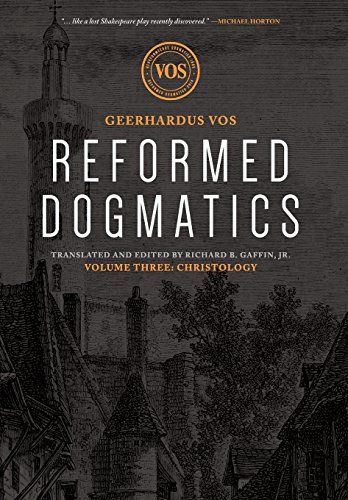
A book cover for Reformed Dogmatics: Christology; Geerhardus Vos; Christian Books & Bibles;